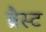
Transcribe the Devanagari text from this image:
ब्रैस्ट